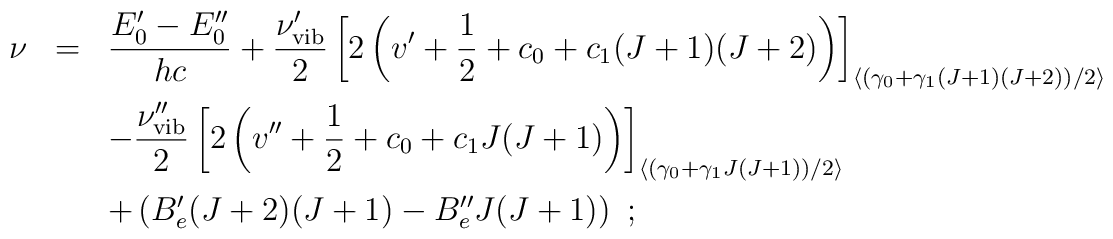
\begin{array}{rcl}\nu&=&\displaystyle\frac{E_0^\prime-E_0^{\prime\prime}}{hc}+\displaystyle      \frac{\nu_{\rm vib}^\prime}{2}\left[2\left(v^{\prime}+{1\over 2}+      c_0+c_1(J+1)(J+2)\right)\right]_{\left<\left(      \gamma_0+\gamma_1(J+1)(J+2)\right)/2\right>}\\[4mm]   & &-\displaystyle\frac{\nu_{\rm vib}^{\prime\prime}}      {2}\left[2\left(v^{\prime\prime}+{1\over 2}+      c_0+c_1J(J+1)\right)\right]_{\left<\left(\gamma_0+\gamma_1J(J+1)      \right)/2\right>}\\[4mm]    & &+\left(B_e^\prime(J+2)(J+1)-B_e^{\prime\prime}J(J+1)\right)~;\end{array}